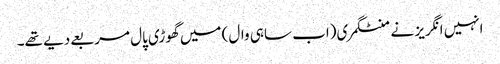
انہیں انگریز نے منٹگمری(اب ساہی وال) میں گھوڑی پال مربعے دیے تھے۔